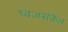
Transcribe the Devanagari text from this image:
ध्वजसंकेत